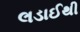
લડાઈથી